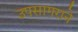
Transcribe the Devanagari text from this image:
उपसागराने